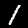
Digit: 1